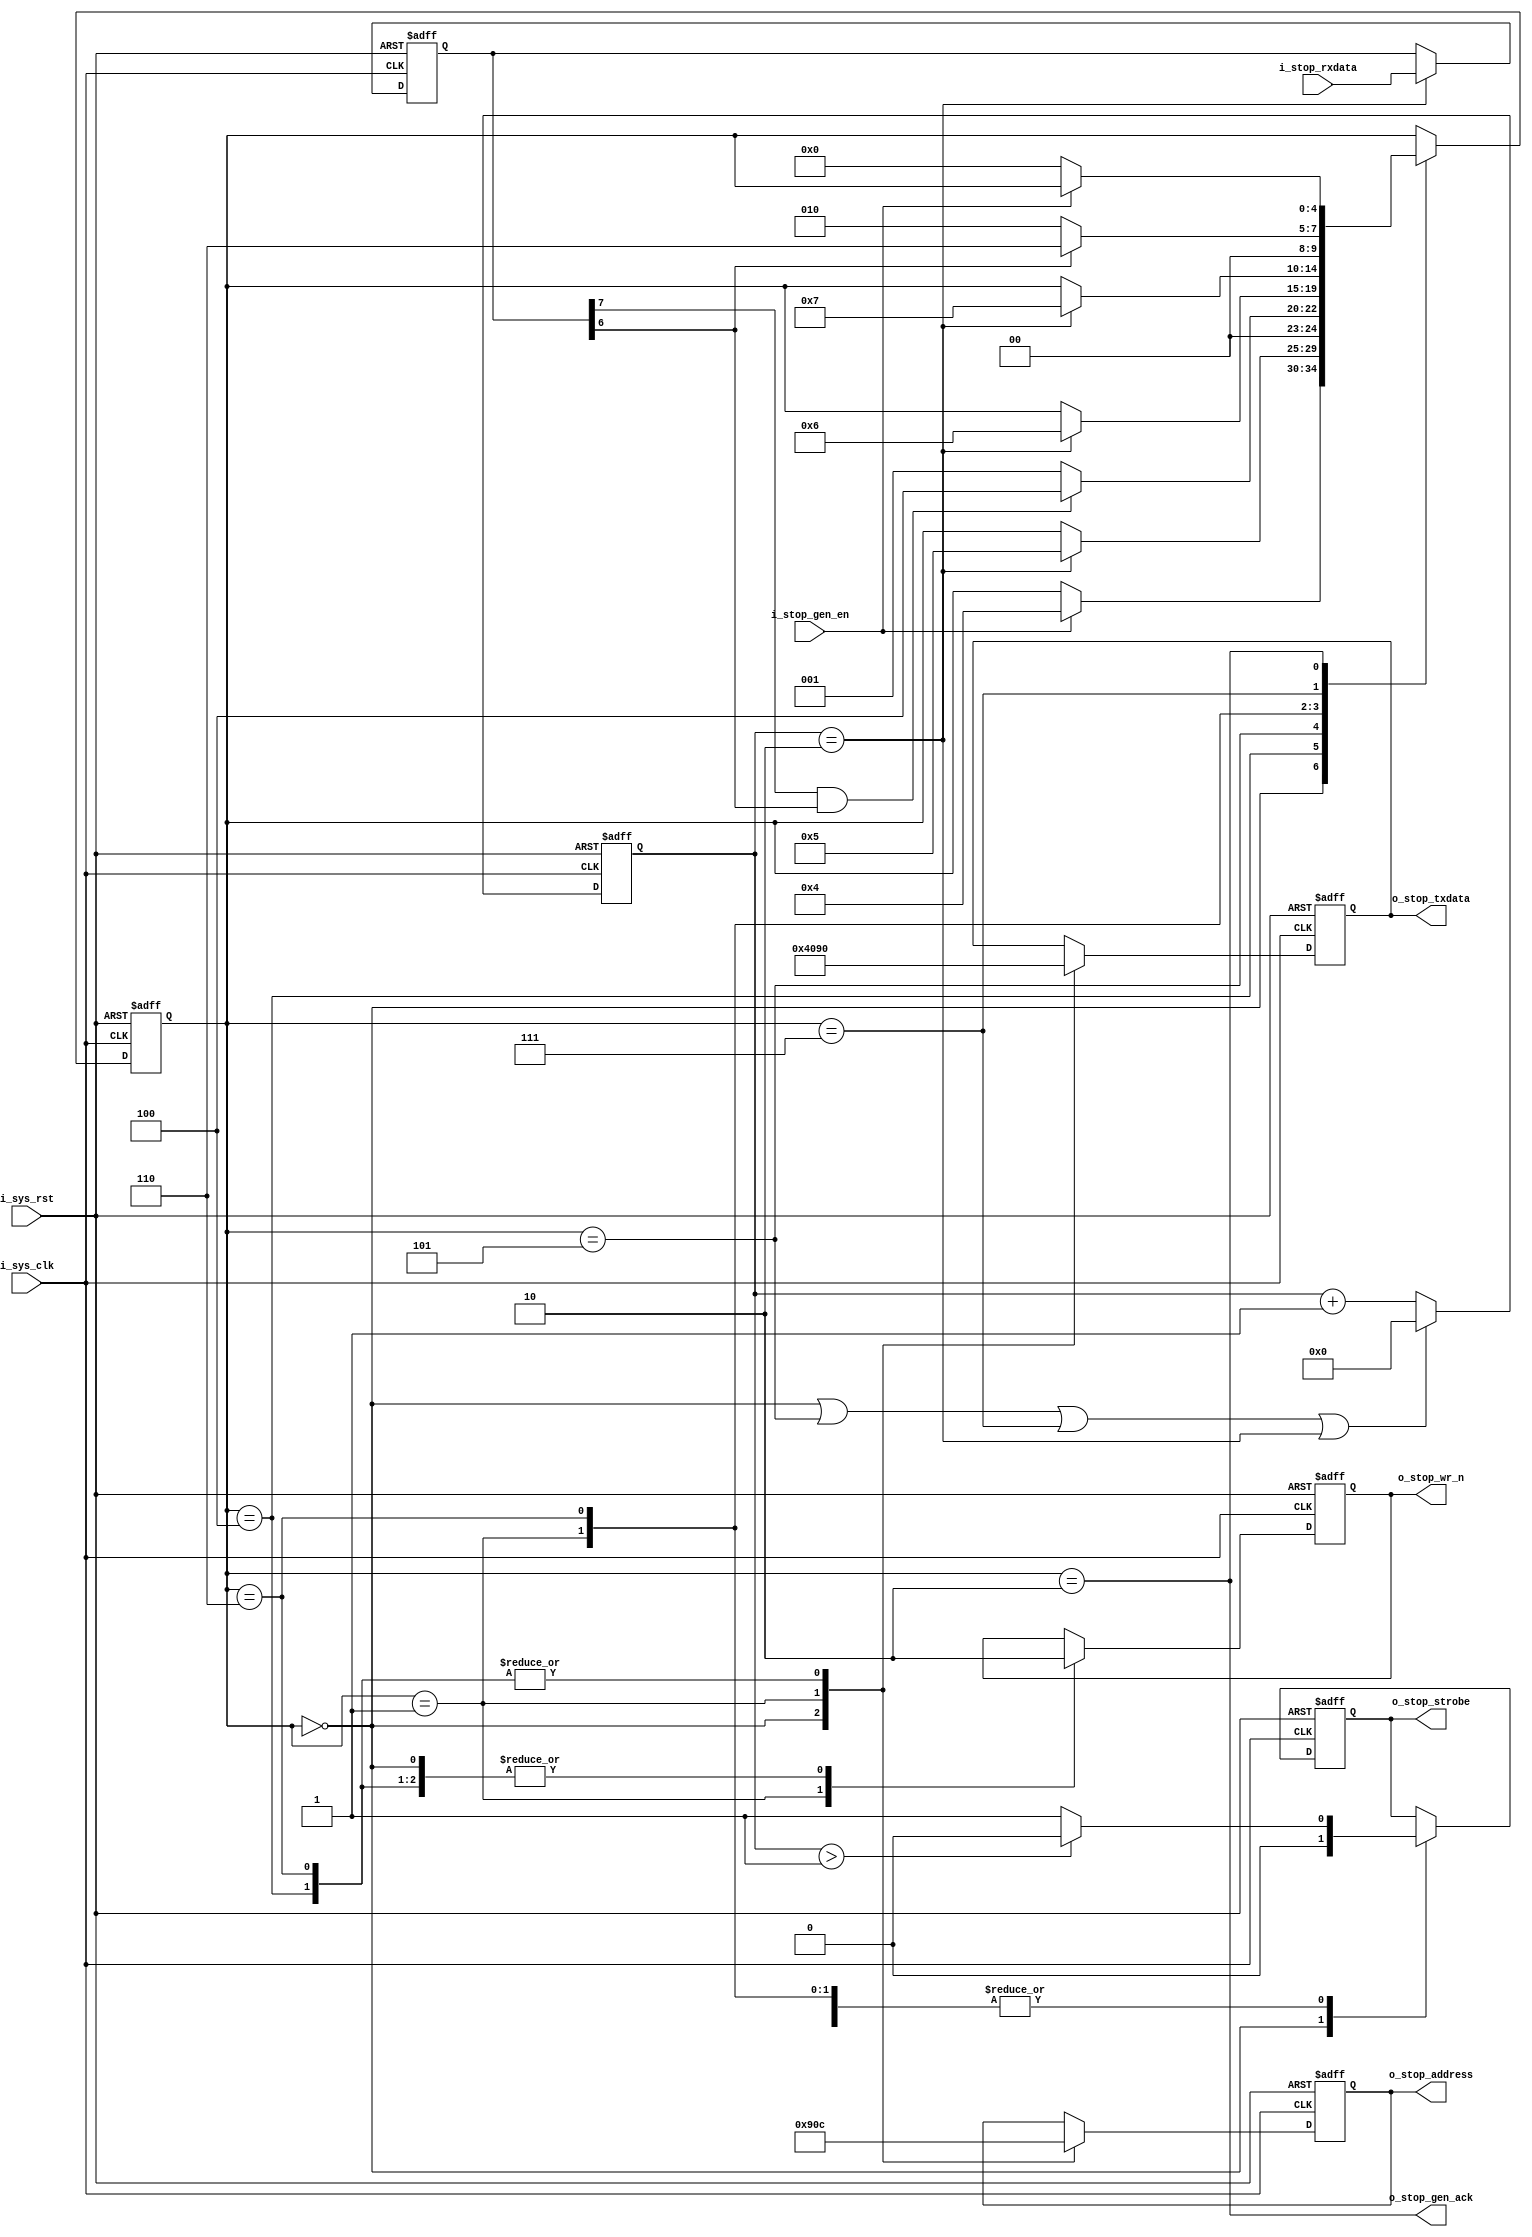
//-------------------------------------------------------------------------
//  >>>>>>>>>>>>>>>>>>>>>>>>> COPYRIGHT NOTICE <<<<<<<<<<<<<<<<<<<<<<<<<
//-------------------------------------------------------------------------
//  Copyright (c) 2012 by Lattice Semiconductor Corporation      
// 
//-------------------------------------------------------------------------
// Permission:
//
//   Lattice Semiconductor grants permission to use this code for use
//   in synthesis for any Lattice programmable logic product.  Other
//   use of this code, including the selling or duplication of any
//   portion is strictly prohibited.
//
// Disclaimer:
//
//   This VHDL or Verilog source code is intended as a design reference
//   which illustrates how these types of functions can be implemented.
//   It is the user's responsibility to verify their design for
//   consistency and functionality through the use of formal
//   verification methods.  Lattice Semiconductor provides no warranty
//   regarding the use or functionality of this code.
//-------------------------------------------------------------------------
//
//    Lattice Semiconductor Corporation
//    5555 NE Moore Court
//    Hillsboro, OR 97124
//    U.S.A
//
//    TEL: 1-800-Lattice (USA and Canada)
//    503-268-8001 (other locations)
//
//    web: http://www.latticesemi.com/
// 
//-------------------------------------------------------------------------
// 
//  Project  : LP3.5K_Pedometer_with_BLE_Interface
// 
//  Description: I2C stop generation logic
//
//  Code Revision History :
//-------------------------------------------------------------------------
// Ver: | Author        | Mod. Date    |Changes Made:
// V1.0 | MDN           | 03-Nov-12    |Initial version                             
//-------------------------------------------------------------------------
  
`timescale 1 ns / 1 ps

module i2c_master_stop_gen(
    // Global inputs
    i_sys_clk, i_sys_rst,
    /*AUTOARG*/
    // Outputs
    o_stop_gen_ack, o_stop_address, o_stop_txdata, o_stop_strobe, o_stop_wr_n,
    // Inputs
    i_stop_gen_en, i_stop_rxdata
    );

    // Parameters
    // FSM states
    parameter IDLE     = 0;
    parameter STATE_1  = 1;
    parameter STATE_2  = 2;
    parameter STATE_3  = 3;
    parameter STATE_4  = 4;
    parameter STATE_5  = 5;
    parameter STATE_6  = 6;
    parameter STATE_7  = 7;

    // Global inputs
    input          i_sys_clk;
    input          i_sys_rst;

    // Outputs  
    output         o_stop_gen_ack;
    output [7:0]   o_stop_address;
    output [7:0]   o_stop_txdata;
    output         o_stop_strobe;
    output         o_stop_wr_n;

    // Inputs
    input          i_stop_gen_en;
    //input          i_stop_strobe_ack;
    input [7:0]    i_stop_rxdata;

    // Internal signals
    reg [4:0]      state_i;
    wire           terminate_strobe_i;
    wire           switch_state_i;
    reg [3:0]      cycle_count_i;
    reg [7:0]      rxdata_i;    
    reg [7:0]      address_i;
    reg [7:0]      tx_data_i;
    reg            strobe_i;
    reg            wr_n_i;

    assign o_stop_address = address_i;
    assign o_stop_txdata  = tx_data_i;
    assign o_stop_strobe  = strobe_i;
    assign o_stop_wr_n    = wr_n_i;
    assign o_stop_gen_ack = (state_i == STATE_2);
    
    // State machine to drive system interface bus
    always @(posedge i_sys_clk or posedge i_sys_rst)begin
        if(i_sys_rst)begin
            state_i <= IDLE;
            tx_data_i <= 0;
            address_i <= 0;
            strobe_i <= 0;
            wr_n_i <= 0;
        end else begin
            case(state_i)
                // Waiting for external trigger to start with configuration sequence                
                IDLE:begin
                    if(i_stop_gen_en)begin 
                        state_i <= STATE_4;
                    end
                    tx_data_i <= 0;
                    address_i <= 0;
                    strobe_i <= 0;
                    wr_n_i <= 0;
                end

                //Read status register to check if transaction in progress
                STATE_4:begin 
                    if(switch_state_i)begin
                        state_i <= STATE_5;
                    end
                    tx_data_i <= 8'b1001_0000; // Don't care
                    address_i <= 8'b0000_1100; // Status register
                    wr_n_i <= 1'b0; //read
                    
                    if(terminate_strobe_i)begin
                        strobe_i <= 1'b0;
                    end else begin
                        strobe_i <= 1'b1;
                    end
                end

                //Check if BUSY and TIP are 0
                STATE_5:begin
                    if(!(rxdata_i[7] & rxdata_i[6]))begin
                        state_i <= STATE_1;
                    end else begin
                        state_i <= STATE_4;
                    end
                end
                

                //Write command register to generate stop condition
                STATE_1:begin 
                    if(switch_state_i)begin
                        state_i <= STATE_6;
                    end
                    tx_data_i <= 8'b0100_0000;
                    address_i <= 8'b0000_1001;
                    wr_n_i <= 1'b1;
                    
                    if(terminate_strobe_i)begin
                        strobe_i <= 1'b0;
                    end else begin
                        strobe_i <= 1'b1;
                    end
                end

                //Read status register to check if stop command is executed
                STATE_6:begin 
                    if(switch_state_i)begin
                        state_i <= STATE_7;
                    end
                    tx_data_i <= 8'b1001_0000; // Don't care
                    address_i <= 8'b0000_1100; // Status register
                    wr_n_i <= 1'b0; //read
                    
                    if(terminate_strobe_i)begin
                        strobe_i <= 1'b0;
                    end else begin
                        strobe_i <= 1'b1;
                    end
                end

                //Check if BUSY and TIP are 0
                STATE_7:begin
                    if((rxdata_i[6]))begin
                        state_i <= STATE_6;
                    end else begin
                        state_i <= STATE_2;
                    end
                end
                
                //Write Clock prescale register MSB
                STATE_2:begin 
                    if(~i_stop_gen_en)begin
                        state_i <= IDLE;
                    end
                end
            endcase
        end
    end

    assign switch_state_i = (cycle_count_i == 2);
    assign terminate_strobe_i = (cycle_count_i > 1);

    always @(posedge i_sys_clk or posedge i_sys_rst)begin
        if(i_sys_rst)begin
            rxdata_i <= 0;
        end else begin
            if(cycle_count_i == 2) begin
                rxdata_i <= i_stop_rxdata;
            end
        end
    end
    
    always @(posedge i_sys_clk or posedge i_sys_rst)begin
        if(i_sys_rst)begin
            cycle_count_i <= 0;
        end else begin
            if((state_i == IDLE) || (state_i == STATE_5) || 
               (state_i == STATE_7) || switch_state_i) begin
                cycle_count_i <= 0;
            end else begin
                cycle_count_i <= cycle_count_i + 1;
            end
        end
    end
    
endmodule